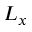
L _ { x }